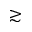
\gtrsim